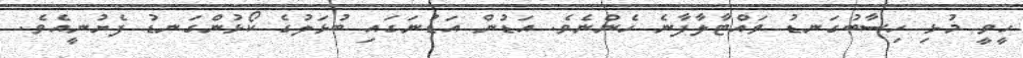
ހީވީ މުޅި ހިސާބުގަނޑު ވައްޓާލާފާނެ ހެންނެވެ. އަޑުން އަޑުނަގައި ބުޅަލުގެ ކޯޅުންގަނޑު ފެށުނީއެވެ.